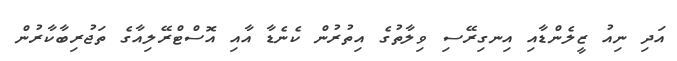
އަދި ނިއު ޒީލެންޑާއި އިނގިރޭސި ވިލާތުގެ އިތުރުން ކެނެޑާ އާއި އޮސްޓްރޭލިއާގެ ތަޖުރިބާކާރުން